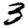
Digit: 3